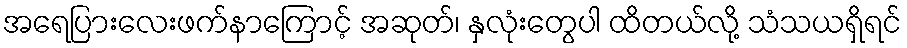
အရေပြားလေးဖက်နာကြောင့် အဆုတ်၊ နှလုံးတွေပါ ထိတယ်လို့ သံသယရှိရင်